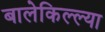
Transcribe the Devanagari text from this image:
बालेकिल्ल्या